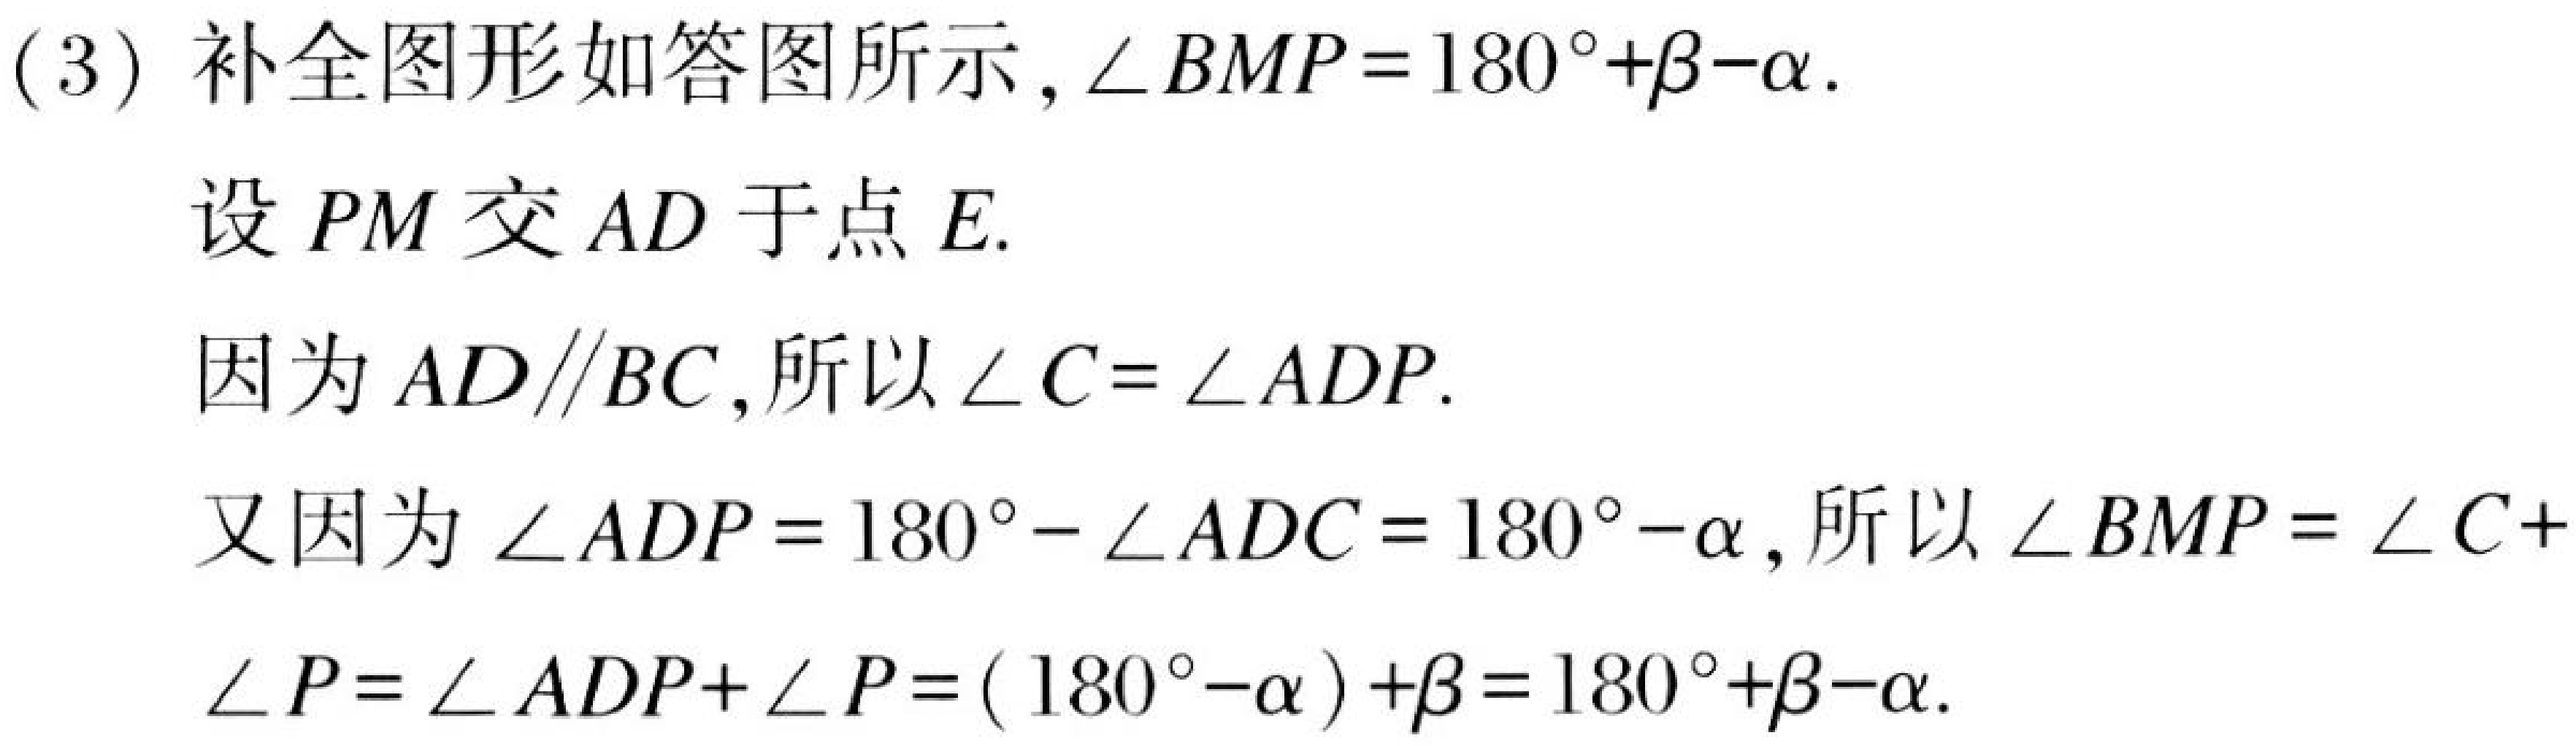
(3) 补全图形如答图所示, $\angle BMP = 180^{\circ}+\beta-\alpha$.
设 $PM$ 交 $AD$ 于点 $E$.
因为 $AD\parallel BC$, 所以 $\angle C = \angle ADP$.
又因为 $\angle ADP = 180^{\circ}-\angle ADC = 180^{\circ}-\alpha$, 所以 $\angle BMP = \angle C +
\angle P=\angle ADP+\angle P=(180^{\circ}-\alpha)+\beta = 180^{\circ}+\beta-\alpha$.